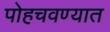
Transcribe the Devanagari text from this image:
पोहचवण्यात